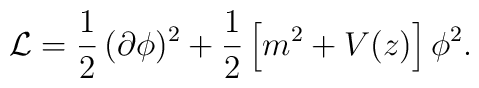
{\cal L}=\frac{1}{2}\,(\partial\phi)^2+\frac{1}{2}\left[m^2+V(z)\right]\phi^2.